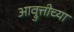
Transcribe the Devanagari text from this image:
आव्रुत्तीच्या